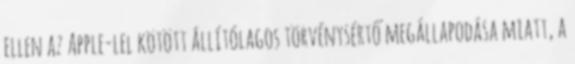
ellen az Apple-lel kötött állítólagos törvénysértő megállapodása miatt, a